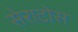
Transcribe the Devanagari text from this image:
सेराटोस